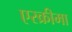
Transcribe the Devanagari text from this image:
एस्क्रीमा